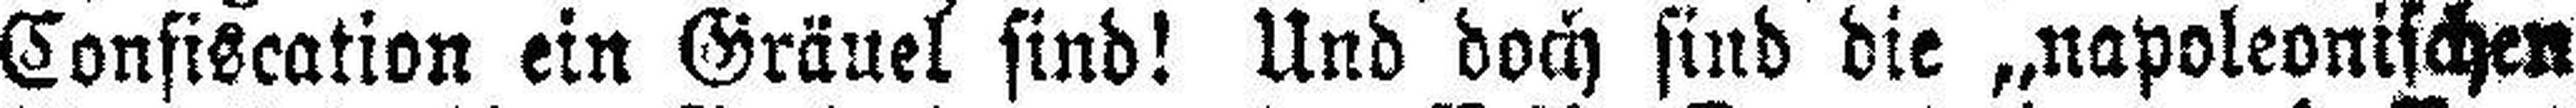
Confiscation ein Gräuel sind! Und doch sind die „napoleonischen